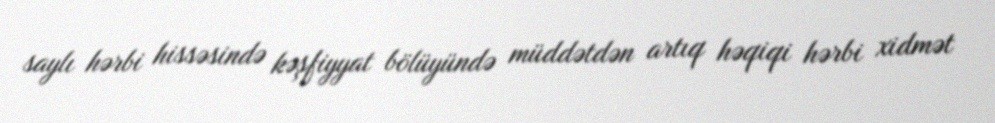
saylı hərbi hissəsində kəşfiyyat bölüyündə müddətdən artıq həqiqi hərbi xidmət